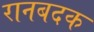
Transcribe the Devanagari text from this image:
रानबदक